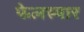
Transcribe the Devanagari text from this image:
फेलस्पार